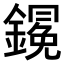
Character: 𨬋